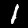
Digit: 1